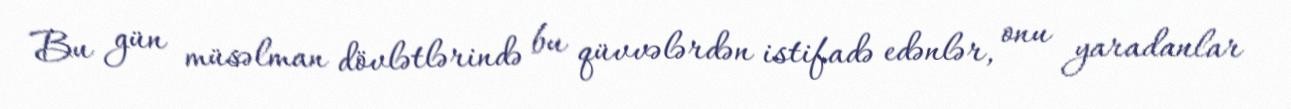
Bu gün müsəlman dövlətlərində bu qüvvələrdən istifadə edənlər, onu yaradanlar